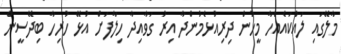
މާލޭގައި ލައްކައެއްހާ މީހުން ދިރިއުޅެމުންދާ އިރު ގަވާއިދާ ހިލާފަށް އުޅޭ ހުރިހާ ބިދޭސީން